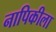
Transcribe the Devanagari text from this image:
नापिकीला